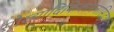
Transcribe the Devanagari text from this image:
सौख्यादिकिकामनासिद्धयर्थ